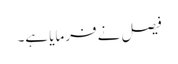
فیصل نے فرمایا ہے۔